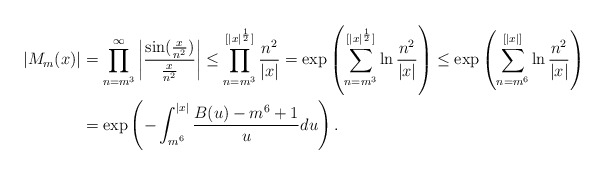
\begin{align*} |M_m(x)|&=\prod_{n=m^3}^{\infty}\left|\frac{\sin(\frac{x}{n^2})}{\frac{x}{n^2}}\right|\leq \prod_{n=m^3}^{[|x|^{\frac{1}{2}}]}\frac{n^2}{|x|}=\exp\left(\sum_{n=m^3}^{[|x|^{\frac{1}{2}}]}\ln\frac{n^2}{|x|}\right)\leq\exp\left(\sum_{n=m^6}^{[|x|]}\ln\frac{n^2}{|x|}\right)\\ &=\exp\left(-\int_{m^6}^{|x|}\frac{B(u)-m^6+1}{u}du\right).\end{align*}